Report of the Indian Hemp Drugs Commission, 1894-1895 - Volume IV
Year: 1894
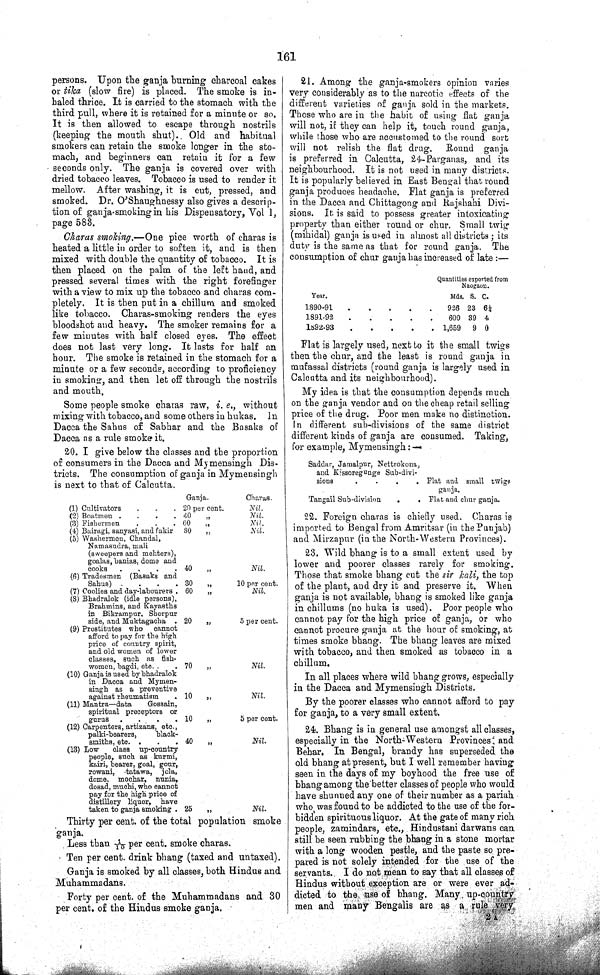
161
persons. Upon the ganja burning charcoal cakes
or tika (slow fire) is placed. The smoke is in¬
haled thrice. It is carried to the stomach with the
third pull, where it is retained for a minute or so.
It is then allowed to escape through nostrils
(keeping the mouth shut). Old and habitual
smokers can retain the smoke longer in the sto¬
mach, and beginners can retain it for a few
seconds only. The ganja is covered over with
dried tobacco leaves. Tobacco is used to render it
mellow. After washing, it is cut, pressed, and
smoked. Dr. O'Shaughnessy also gives a descrip¬
tion of ganja-smoking in his Dispensatory, Vol 1,
page 583.
Charas smoking.—One pice worth of charas is
heated a little in order to soften it, and is then
mixed with double the quantity of tobacco. It is
then placed on the palm of the left hand, and
pressed several times with the right forefinger
with a view to mix up the tobacco and charas com¬
pletely. It is then put in a chillum and smoked
like tobacco. Charas-smoking renders the eyes
bloodshot and heavy. The smoker remains for a
few minutes with half closed eyes. The effect
does not last very long. It lasts for half an
hour. The smoke is retained in the stomach for a
minute or a few seconds, according to proficiency
in smoking, and then let off through the nostrils
and mouth.
Some people smoke charas raw, i. e., without
mixing with tobacco, and some others in hukas. In
Dacca the Sahus of Sabhar and the Basaks of
Dacca as a rule smoke it.
20. I give below the classes and the proportion
of consumers in the Dacca and Mymensingh Dis¬
tricts. The consumption of ganja in Mymensingh
is next to that of Calcutta.
Ganja.
Charas.
(1) Cultivators
20 per cent.
Nil.
(2) Boatmen
40
"
Nil.
(3) Fishermen
60 "
Nil.
(4) Bairagi, sanyasi, and fakir 80 "
Nil.
(5) Washermen, Chandal,
Namasudra, mali
(sweepers and mehters),
goalas, banias, dome and
cooks
40 "
Nil.
(6) Tradesmen (Basaks and
Sahus)
30
"
10 per cent.
(7) Coolies and day-labourers
60 "
Nil.
(8) Bhadralok (idle persons),
Brahmins, and Kayasths
in Bikrampur, Sherpur
side, and Muktagacha
20
"
5 per cent.
(9) Prostitutes who cannot
afford to pay for the high
price of country spirit,
and old women of lower
classes, such as fish-
women, bagdi, etc.
70
"
Nil.
(10) Ganja is used by bhadralok
in Dacca and Mymen-
singh as a preventive
against rheumatism
10
"
Nil.
(11) Mantra—data
Gossain,
spiritual preceptors or
gurus
10
"
5 per cent.
(12) Carpenters, artizans, etc.,
palki-bearers,
black-
smiths, etc.
40
"
Nil.
(13) Low
class up-country
people, such as kurmi,
kairi, bearer, goal, gour,
rowani, tatawa, jola,
dome, mochar, nunia,
dosad, muchi, who cannot
pay for the high price of
distillery liquor, have
taken to ganja smoking
25
"
Nil.
Thirty per cent. of the total population smoke
ganja.
Less than 1/10 per cent. smoke charas.
Ten per cent. drink bhang (taxed and untaxed).
Ganja is smoked by all classes, both Hindus and
Muhammadans.
Forty per cent. of the Muhammadans and 30
per cent. of the Hindus smoke ganja.
21. Among the ganja-smokers opinion varies
very considerably as to the narcotic effects of the
different varieties of ganja sold in the markets.
Those who are in the habit of using flat ganja
will not, if they can help it, touch round ganja,
while those who are accustomed to the round sort
will not relish the flat drug. Round ganja
is preferred in Calcutta, 24-Parganas, and its
neighbourhood. It is not used in many districts.
It is popularly believed in East Bengal that round
ganja produces headache. Flat ganja is preferred
in the Dacca and Chittagong and Rajshahi Divi¬
sions. It is said to possess greater intoxicating
property than either round or chur. Small twig
(mihidal) ganja is used in almost all districts; its
duty is the same as that for round ganja. The
consumption of chur ganja has increased of late:—
Quantities exported from
Naogaon.
Year.
Mds. S. C.
1890-91
926 23 61/4
1891-92
600 39 4
1892-93
1,659
9 0
Flat is largely used, next to it the small twigs
then the chur, and the least is round ganja in
mufassal districts (round ganja is largely used in
Calcutta and its neighbourhood).
My idea is that the consumption depends much
on the ganja vendor and on the cheap retail selling
price of the drug. Poor men make no distinction.
In different sub-divisions of the same district
different kinds of ganja are consumed. Taking,
for example, Mymensingh:—
Saddar, Jamalpur, Nettrokona,
and Kissoregunge Sub-divi-
sions
and Kissoregunge Sub-divi-
sions
Flat and small twigs
ganja.
Tangail Sub-division
Flat and chur ganja.
22. Foreign charas is chiefly used. Charas is
imported to Bengal from Amritsar (in the Punjab)
and Mirzapur (in the North-Western Provinces).
23. Wild bhang is to a small extent used by
lower and poorer classes rarely for smoking.
Those that smoke bhang cut the sir kali, the top
of the plant, and dry it and preserve it. When
ganja is not available, bhang is smoked like ganja
in chillums (no huka is used). Poor people who
cannot pay for the high price of ganja, or who
cannot procure ganja at the hour of smoking, at
times smoke bhang. The bhang leaves are mixed
with tobacco, and then smoked as tobacco in a
chillum.
In all places where wild bhang grows, especially
in the Dacca and Mymensingh Districts.
By the poorer classes who cannot afford to pay
for ganja, to a very small extent.
24. Bhang is in general use amongst all classes,
especially in the North-Western Provinces and
Behar. In Bengal, brandy has superseded the
old bhang at present, but I well remember having
seen in the days of my boyhood the free use of
bhang among the better classes of people who would
have shunned any one of their number as a pariah
who was found to be addicted to the use of the for-
bidden spirituous liquor. At the gate of many rich
people, zamindars, etc., Hindustani darwans can
still be seen rubbing the bhang in a stone mortar
with a long wooden pestle, and the paste so pre¬
pared is not solely intended for the use of the
servants. I do not mean to say that all classes of
Hindus without exception are or were ever ad-
dicted to the use of bhang. Many up-country
men and many Bengalis are as a rule very
2 A